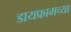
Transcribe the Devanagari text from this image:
डायफ्रामच्या